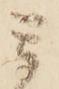
ミ